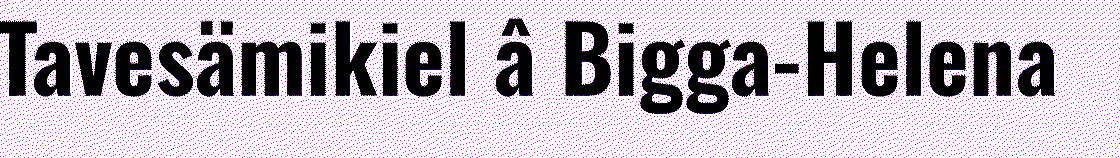
Tavesämikiel â Bigga-Helena